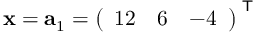
\mathbf { x } = \mathbf { a } _ { 1 } = { \left( \begin{array} { l l l } { 1 2 } & { 6 } & { - 4 } \end{array} \right) } ^ { \textsf { T } }